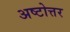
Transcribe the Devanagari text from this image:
अष्टोत्तर